Report of the King Institute of Preventive Medicine, Guindy
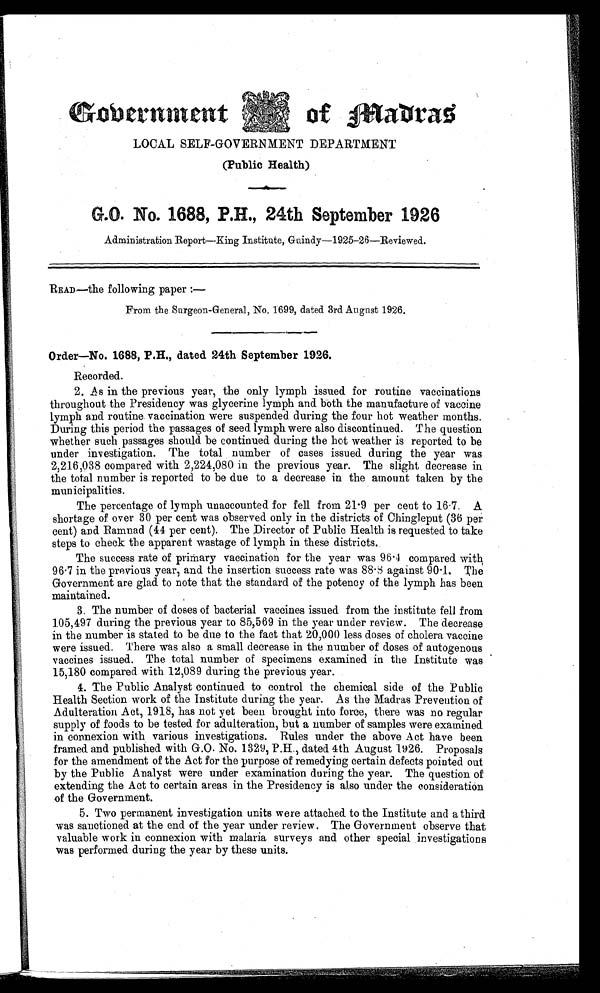
,
Government
LOCAL SELF-GOVERNMENT DEPARTMENT
(Public Health)
G.O. No. 1688, P.H., 24th September 1926
Administration Report—King Institute, Guindy—1925-26—Reviewed.
READ—the following paper : —
From the Surgeon-General, No. 1699, dated 3rd August 1926.
Order—No. 1688, P.H,, dated 24th September1926.
Recorded.
2. As in the previous year, the only lymph issued for routine vaccinations
throughout the Presidency was glycerine lymph and both the manufacture of vaccine
lymph and routine vaccination were suspended during the four hot weather months.
During this period the passages of seed lymph were also discontinued. The question
whether such passages should be continued during the hot weather is reported to be
under investigation. The total number of cases issued during the year was
2,216,038 compared with 2,224,080 in the previous year. The slight decrease in
the total number is reported to be due to a decrease in the amount taken by the
municipalities.
The percentage of lymph unaccounted for fell from 21.9 per cent to 16.7. A
shortage of over 30 per cent was observed only in the districts of Chingleput (36 per
cent) and Ramnad (44 per cent). The Director of Public Health is requested to take
steps to check the apparent wastage of lymph in these districts.
The success rate of primary vaccination for the year was 96.4 compared with
96 . 7 in the previous year, and the insertion success rate was 88.8 against 90.1. The
Government are glad to note that the standard of the potency of the lymph has been
maintained.
3. The number of doses of bacterial vaccines issued from the institute fell from
105,497 during the previous year to 85,569 in the year under review. The decrease
in the number is stated to be due to the fact that 20,000 less doses of cholera vaccine
were issued. There was also a small decrease in the number of doses of autogenous
vaccines issued. The total number of specimens examined in the Institute was
15,180 compared with 12,089 during the previous year.
4. The Public Analyst continued to control the chemical side of the Public
Health Section work of the Institute during the year. As the Madras Prevention of
Adulteration Act, 1918, has not yet been brought into force, there was no regular
supply of foods to be tested for adulteration, but a number of samples were examined
in connexion with various investigations. Rules under the above Act have been
framed and published with G.O. No. 1329, P.H., dated 4th August 1926. Proposals
for the amendment of the Act for the purpose of remedying certain defects pointed out
by the Public Analyst were under examination during the year. The question of
extending the Act to certain areas in the Presidency is also under the consideration
of the Government.
5. Two permanent investigation units were attached to the Institute and a third
was sanctioned at the end of the year under review. The Government observe that
valuable work in connexion with malaria surveys and other special investigations
was performed during the year by these units.